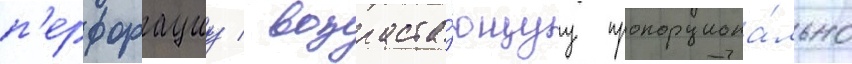
п'ерфорациу / возраста́ющуу пропорциона́льно